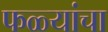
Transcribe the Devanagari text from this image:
फळ्यांचा